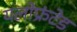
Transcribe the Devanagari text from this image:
यलोफ्रंटेड